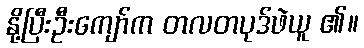
နို့ပြီးဦးကျော်က တလတပုဒ်ဖဲယူ ၏။